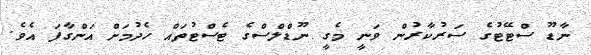
ނާޑޫ ސްޓޭޓުގެ ސަރުކާރުން ވަނީ މެގީ ނޫޑްލްސްގެ ޓެސްޓުތައް ހެދުމަށް އަންގާފަ އެވެ.